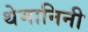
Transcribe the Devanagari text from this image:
थेमानिनी